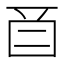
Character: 𬻕